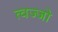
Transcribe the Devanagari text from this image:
त्वज्जो